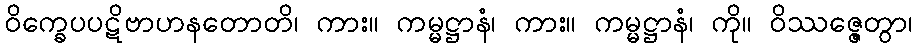
ဝိက္ခေပပဋိဗာဟနတောတိ၊ ကား။ ကမ္မဋ္ဌာနံ၊ ကား။ ကမ္မဋ္ဌာနံ၊ ကို။ ဝိဿဇ္ဇေတွာ၊